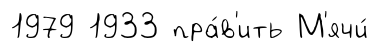
1979 1933 пра́в'ить М'ячи́